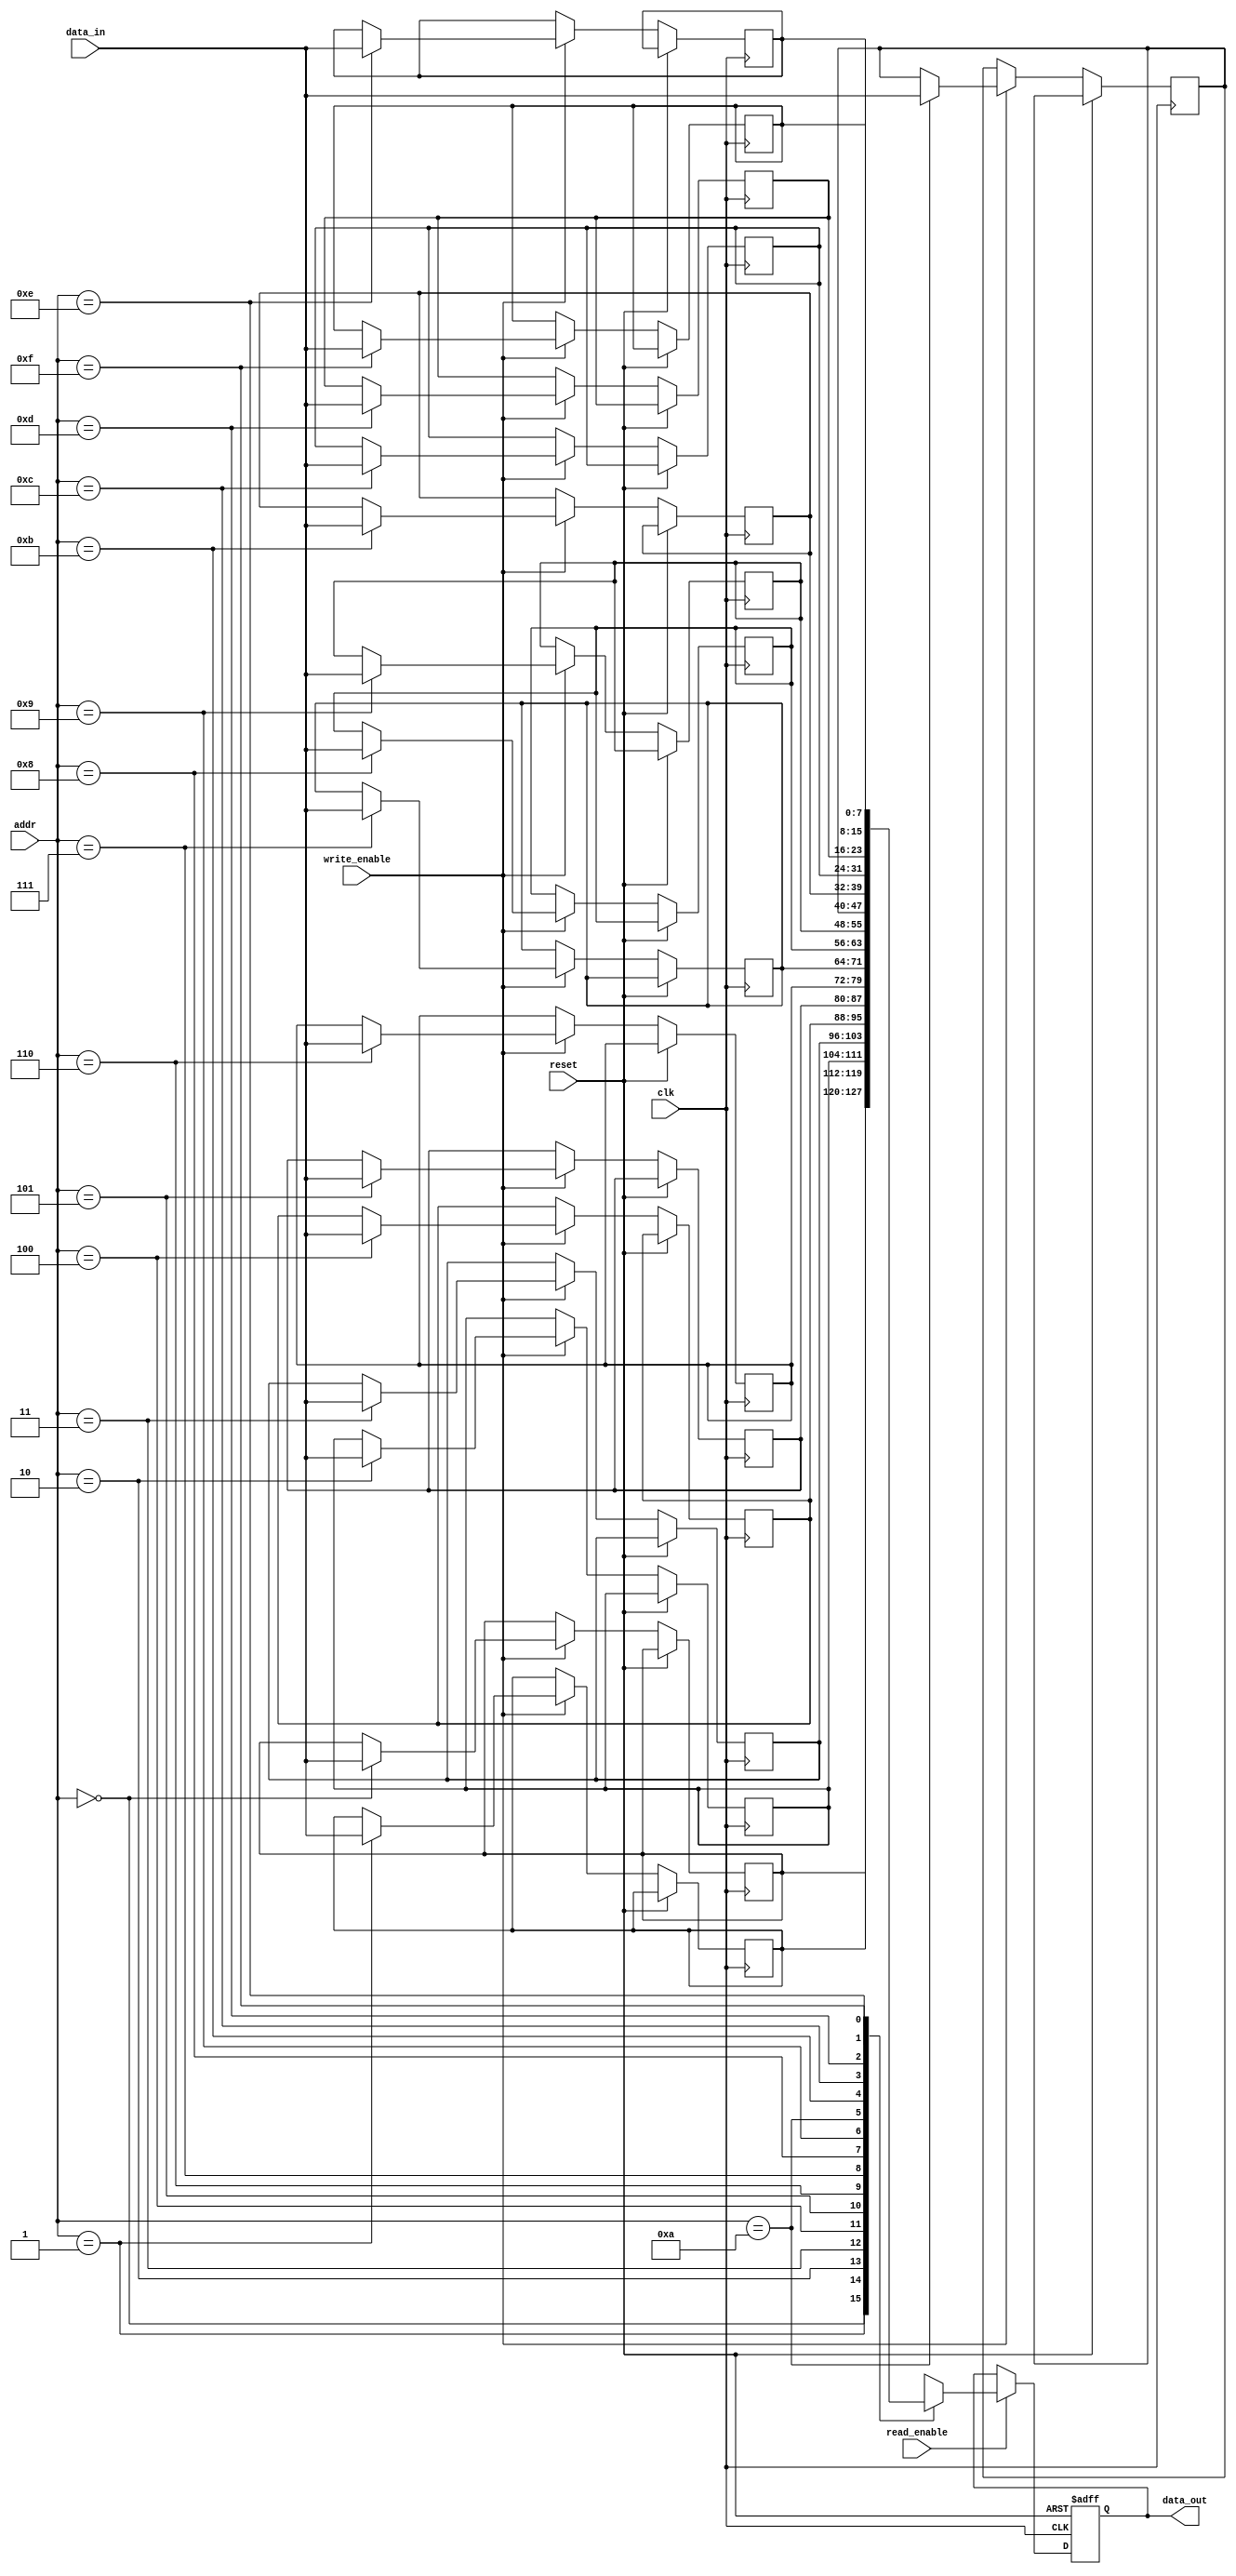
module PipelinedSRAM #(
    parameter DATA_WIDTH = 8,      // Width of data bus
    parameter ADDR_WIDTH = 4,      // Width of address bus
    parameter MEM_DEPTH = 16        // Number of memory cells (2^ADDR_WIDTH)
)(
    input wire clk,
    input wire reset,
    input wire write_enable,         // control signal for writing data
    input wire read_enable,          // control signal for reading data
    input wire [ADDR_WIDTH-1:0] addr, // address for read/write
    input wire [DATA_WIDTH-1:0] data_in, // data input for writing
    output reg [DATA_WIDTH-1:0] data_out // data output for reading
);

// Memory Array
reg [DATA_WIDTH-1:0] mem_array [0:MEM_DEPTH-1];

// Buffers for I/O blocks
reg [DATA_WIDTH-1:0] write_buffer;
reg [DATA_WIDTH-1:0] read_buffer;

// Address Decoder
wire [ADDR_WIDTH-1:0] decoded_addr;
assign decoded_addr = addr; // Direct mapping for this example

// Read/Write operations
always @(posedge clk or posedge reset) begin
    if (reset) begin
        data_out <= 0;
        write_buffer <= 0;
        read_buffer <= 0;
    end else begin
        // Write operation
        if (write_enable) begin
            mem_array[decoded_addr] <= data_in;
            write_buffer <= data_in; // Store in buffer for feedback or debugging
        end
        
        // Read operation
        if (read_enable) begin
            data_out <= mem_array[decoded_addr];
            read_buffer <= data_out; // Store in buffer for feedback or debugging
        end
    end
end

endmodule